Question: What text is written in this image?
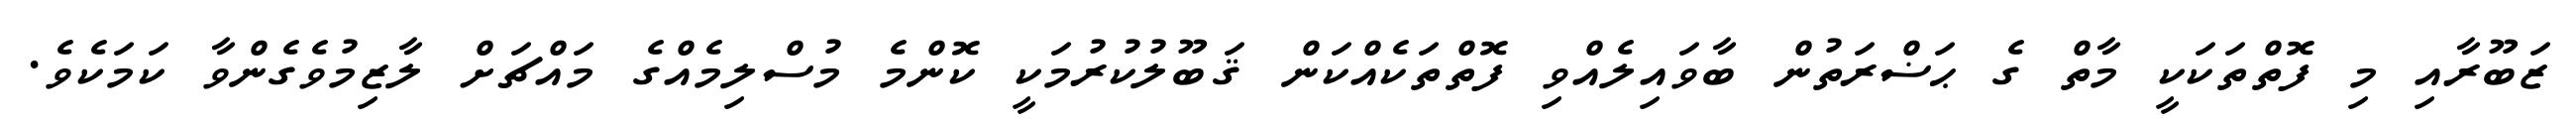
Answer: ޒަބޫރާއި މި ފޮތްތަކަކީ މާތް ގެ ޙަޟްރަތުން ބާވައިލެއްވި ފޮތްތަކެއްކަން ޤަބޫލުކުރުމަކީ ކޮންމެ މުސްލިމެއްގެ މައްޗަށް ލާޒިމުވެގެންވާ ކަމަކެވެ.